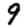
Digit: 9